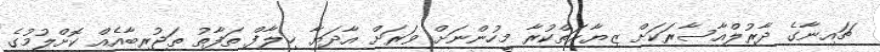
ޗައިނާގެ ދާރުލްއާސާރަކަށް ޒިޔާރަތްކުރާ މީހުންނަށް ވަރަށް އާދަޔާ ޚިލާފް ތަފާތު ތަޖުރިބާއެއް ކޮށްލުމުގެ